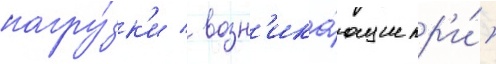
нагру́зк'и / возн'ика́ющие пр'и́